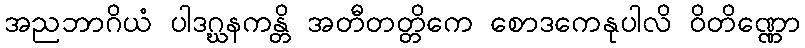
အညဘာဂိယံ ပါဒဂ္ဃနကန္တိ အတီတတ္တိကေ စောဒကေနုပါလိ ဝိတိဏ္ဏော